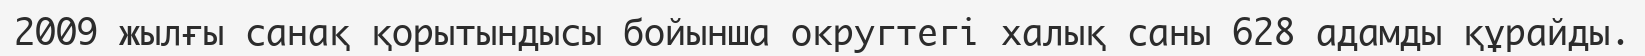
2009 жылғы санақ қорытындысы бойынша округтегі халық саны 628 адамды құрайды.